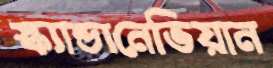
স্ক্যান্ডানেভিয়ান